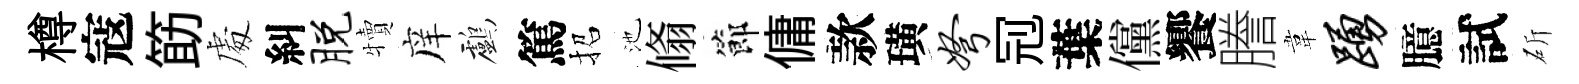
樽寇筯䖏糾脱犢庠鸕篤招池翛節傭款璜弩𠜍葉儻饗謄韋踊臆試斫